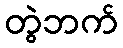
တွဲဘက်